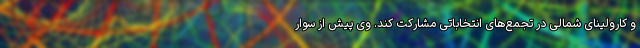
و کارولینای شمالی در تجمع‌های انتخاباتی مشارکت کند. وی پیش از سوار